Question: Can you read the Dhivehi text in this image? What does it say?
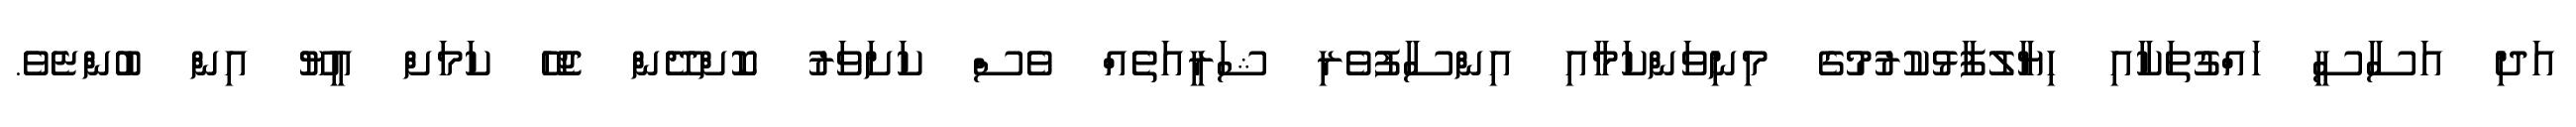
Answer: އަދި އަސާސީ ހައްގުތަކާއި ހިޔާލުފާޅުކުރުމުގެ މިނިވަންކަމާއި އިންސާފުވެރި ޝަރީއަތެއް ވެސް ކަށަވަރު ކޮށްދޭން ޖެހޭ ކަމަށް އީޔޫ އިން ބުންޏެވެ.